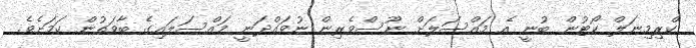
ކްރިމިނަލް ކޯޓުން ބުނީ އެ މައްސަލަށް ނޫސްވެރިން ނުވައްދަނީ މައްސަލައިގެ ބާވަތުން ކަމަށެވެ.